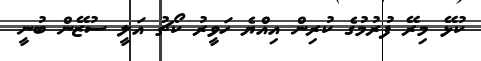
ކުޅޭ މިރޭ ފުރުމުގެ ކުރިން އިއްޔެ ހަވީރު ކޯޗު އަލީ ސުޒޭން ބުނީ